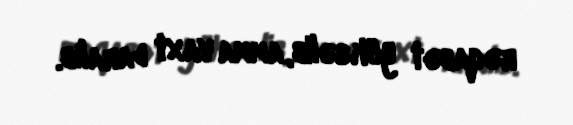
rəqabət yüksəlib, amma vaxt daralıb.